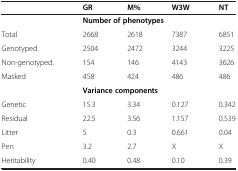
|  | GR | M% | W3W | NT |
 | --- | --- | --- | --- | --- |
 |  | <COLSPAN=4> Number of phenotypes |
 | Total | 2668 | 2618 | 7387 | 6851 |
 | Genotyped | 2504 | 2472 | 3244 | 3225 |
 | Non-genotyped. | 154 | 146 | 4143 | 3626 |
 | Masked | 458 | 424 | 486 | 486 |
 |  | <COLSPAN=4> Variance components |
 | Genetic | 15.3 | 3.34 | 0.127 | 0.342 |
 | Residual | 22.5 | 3.56 | 1.157 | 0.539 |
 | Litter | 5 | 0.3 | 0.661 | 0.04 |
 | Pen | 3.2 | 2.7 | X | X |
 | Heritability | 0.40 | 0.48 | 0.10 | 0.39 |